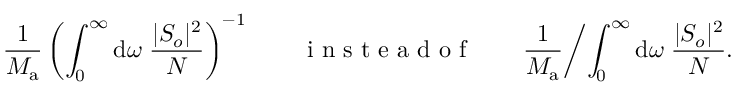
\frac { 1 } { M _ { \mathrm { a } } } \left( \int _ { 0 } ^ { \infty } \mathrm { d } \omega \; \frac { | S _ { o } | ^ { 2 } } { N } \right) ^ { - 1 } \qquad \mathrm { ~ i ~ n ~ s ~ t ~ e ~ a ~ d ~ o ~ f ~ } \qquad \frac { 1 } { M _ { \mathrm { a } } } \biggl / \int _ { 0 } ^ { \infty } \mathrm { d } \omega \; \frac { | S _ { o } | ^ { 2 } } { N } .